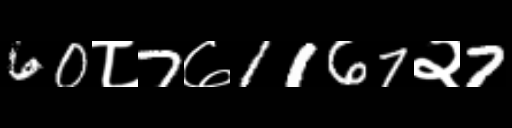
Text: 60८7७1167२7